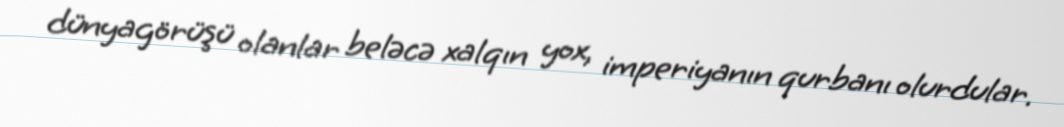
dünyagörüşü olanlar beləcə xalqın yox, imperiyanın qurbanı olurdular.